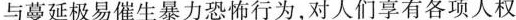
与蔓延极易催生暴力恐怖行为，对人们享有各项人权